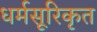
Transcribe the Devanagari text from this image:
धर्मसूरिकृत